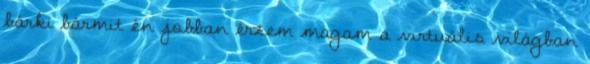
bárki bármit én jobban érzem magam a virtuális világban